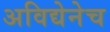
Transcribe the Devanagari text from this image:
अविद्येनेच